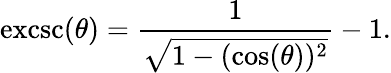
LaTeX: \operatorname{excsc}(\theta)={\frac{1}{\sqrt{1-(\cos(\theta))^{2}}}}-1.